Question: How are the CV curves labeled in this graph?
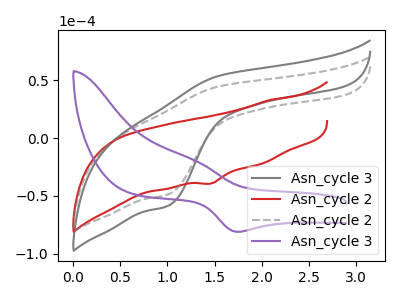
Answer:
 <answer>The gray curve is labeled "Asn_cycle 3". The red curve is labeled "Asn_cycle 2". The gray dashed curve is labeled "Asn_cycle 2". The purple curve is labeled "Asn_cycle 3".</answer>
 <eval></eval>